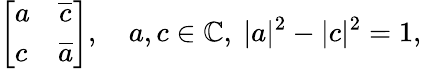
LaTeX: \left[\begin{array}{ll}{a}&{\overline{{c}}}\\ {c}&{\overline{{a}}}\end{array}\right],\quad a,c\in\mathbb{C},~\lvert a\rvert^{2}-\lvert c\rvert^{2}=1,